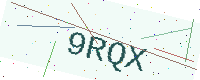
Text: 9RQX